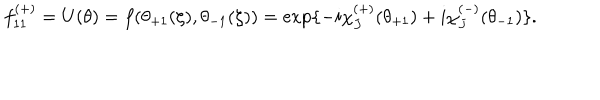
f _ { 1 1 } ^ { ( + ) } = U ( \theta ) = f ( \theta _ { + 1 } ( \zeta ) , \theta _ { - 1 } ( \zeta ) ) = \exp \{ - i \chi _ { J } ^ { ( + ) } ( \theta _ { + 1 } ) + i \chi _ { J } ^ { ( - ) } ( \theta _ { - 1 } ) \} .